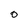
Character: O